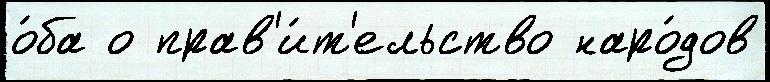
о́ба о прав'и́т'ельство наро́дов